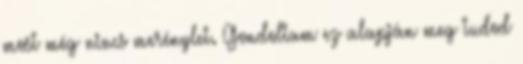
most még nincs merénylet. Gondoltam ez alapján meg tudod